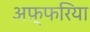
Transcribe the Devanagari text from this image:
अफ़्फरिया